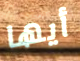
أيها